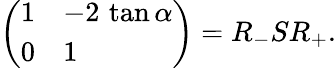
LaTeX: \left(\begin{array}{ll}{{1}}&{{-2\, \tan\alpha}}\\ {{0}}&{{1}}\end{array}\right)=R_{-}SR_{+}.